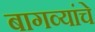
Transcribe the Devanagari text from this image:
बागव्यांचे